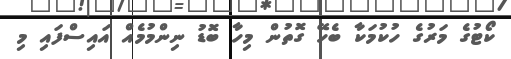
ކޯޓުގެ މަރުގެ ހުކުމަކާ ބެހޭ ގޮތުން މިހާ ބޮޑު ނިންމުމެއް އައިސްފައި މި